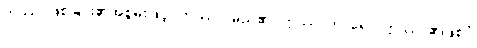
ဣဿာဖြစ်ခြင်း၏အစွမ်းဖြင့်။ ဣဿာ၊ မည်၏။ ဣဿာကာရော၊ ဣဿာ၏ဖြစ်ပုံ